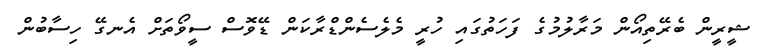
ޝީރީން ބެރޭތިއޯން މަރާލުމުގެ ފަހަތުގައި ހުރީ މެލެސެންޑްރާކަން ޑޭވޮސް ސީވޯތަށް އެނގޭ ހިސާބުން